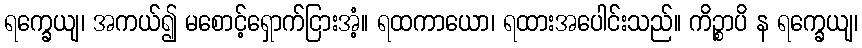
ရက္ခေယျ၊ အကယ်၍ မစောင့်ရှောက်ငြားအံ့။ ရထကာယော၊ ရထားအပေါင်းသည်။ ကိဉ္စာပိ န ရက္ခေယျ၊